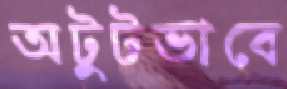
অটুটভাবে